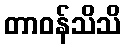
တာဝန်သိသိ